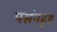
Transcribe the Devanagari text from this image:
पर्सनहूड